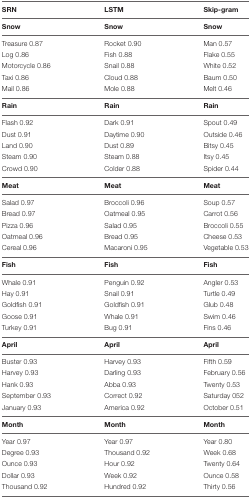
| SRN | LSTM | Skip-gram |
 | --- | --- | --- |
 | Snow | Snow | Snow |
 | Treasure 0.87 | Rocket 0.90 | Man 0.57 |
 | Log 0.86 | Fish 0.88 | Flake 0.55 |
 | Motorcycle 0.86 | Snail 0.88 | White 0.52 |
 | Taxi 0.86 | Cloud 0.88 | Baum 0.50 |
 | Mail 0.86 | Mole 0.88 | Melt 0.46 |
 | Rain | Rain | Rain |
 | Flash 0.92 | Dark 0.91 | Spout 0.49 |
 | Dust 0.91 | Daytime 0.90 | Outside 0.46 |
 | Land 0.90 | Dust 0.89 | Bitsy 0.45 |
 | Steam 0.90 | Steam 0.88 | Itsy 0.45 |
 | Crowd 0.90 | Colder 0.88 | Spider 0.44 |
 | Meat | Meat | Meat |
 | Salad 0.97 | Broccoli 0.96 | Soup 0.57 |
 | Bread 0.97 | Oatmeal 0.95 | Carrot 0.56 |
 | Pizza 0.96 | Salad 0.95 | Broccoli 0.55 |
 | Oatmeal 0.96 | Bread 0.95 | Cheese 0.53 |
 | Cereal 0.96 | Macaroni 0.95 | Vegetable 0.53 |
 | Fish | Fish | Fish |
 | Whale 0.91 | Penguin 0.92 | Angler 0.53 |
 | Hay 0.91 | Snail 0.91 | Turtle 0.49 |
 | Goldfish 0.91 | Goldfish 0.91 | Glub 0.48 |
 | Goose 0.91 | Whale 0.91 | Swim 0.46 |
 | Turkey 0.91 | Bug 0.91 | Fins 0.46 |
 | April | April | April |
 | Buster 0.93 | Harvey 0.93 | Fifth 0.59 |
 | Harvey 0.93 | Darling 0.93 | February 0.56 |
 | Hank 0.93 | Abba 0.93 | Twenty 0.53 |
 | September 0.93 | Correct 0.92 | Saturday 052 |
 | January 0.93 | America 0.92 | October 0.51 |
 | Month | Month | Month |
 | Year 0.97 | Year 0.97 | Year 0.80 |
 | Degree 0.93 | Thousand 0.92 | Week 0.68 |
 | Ounce 0.93 | Hour 0.92 | Twenty 0.64 |
 | Dollar 0.93 | Week 0.92 | Ounce 0.58 |
 | Thousand 0.92 | Hundred 0.92 | Thirty 0.56 |